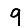
Digit: 9